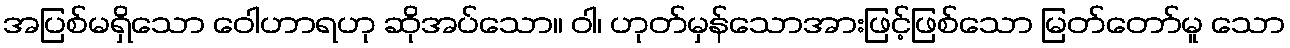
အပြစ်မရှိသော ဝေါဟာရဟု ဆိုအပ်သော။ ဝါ၊ ဟုတ်မှန်သောအားဖြင့်ဖြစ်သော မြတ်တော်မူ သော